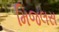
મિજલસ